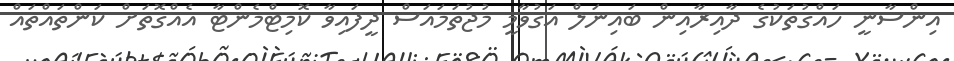
އިންސާނީ ހައްގުތަކުގެ ދާއިރާއިން ބައިނަލް އަގުވާމީ މުޖުތަމައަސް ދީފައިވާ ކޮމިޓްމެންޓާ އެއްގޮތަށް ކަންތައްތައް